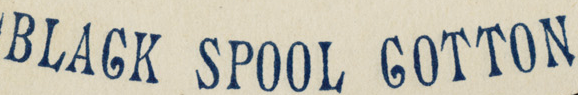
BLACK SPOOL COTTON